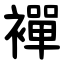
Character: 襌